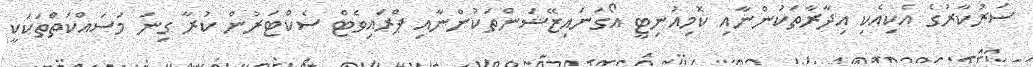
ސަރުކާރުގެ އެކިއެކި އިދާރާތަކުންނާއި ކޮމިއުނިޓީ އޯގަނައިޒޭޝަންތަކުންނާއި ޕްރައިވެޓް ސެކްޓަރުން ކުރާ ގިނަ މަސައްކަތްތަކަކީ